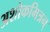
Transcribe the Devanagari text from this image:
अशोकमित्रन्